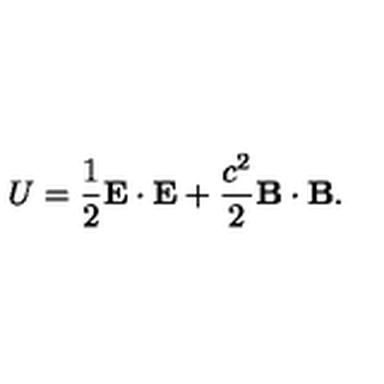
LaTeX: U = \frac { 1 } { 2 } { \bf E } \cdot { \bf E } + \frac { c ^ { 2 } } { 2 } { \bf B } \cdot { \bf B } .